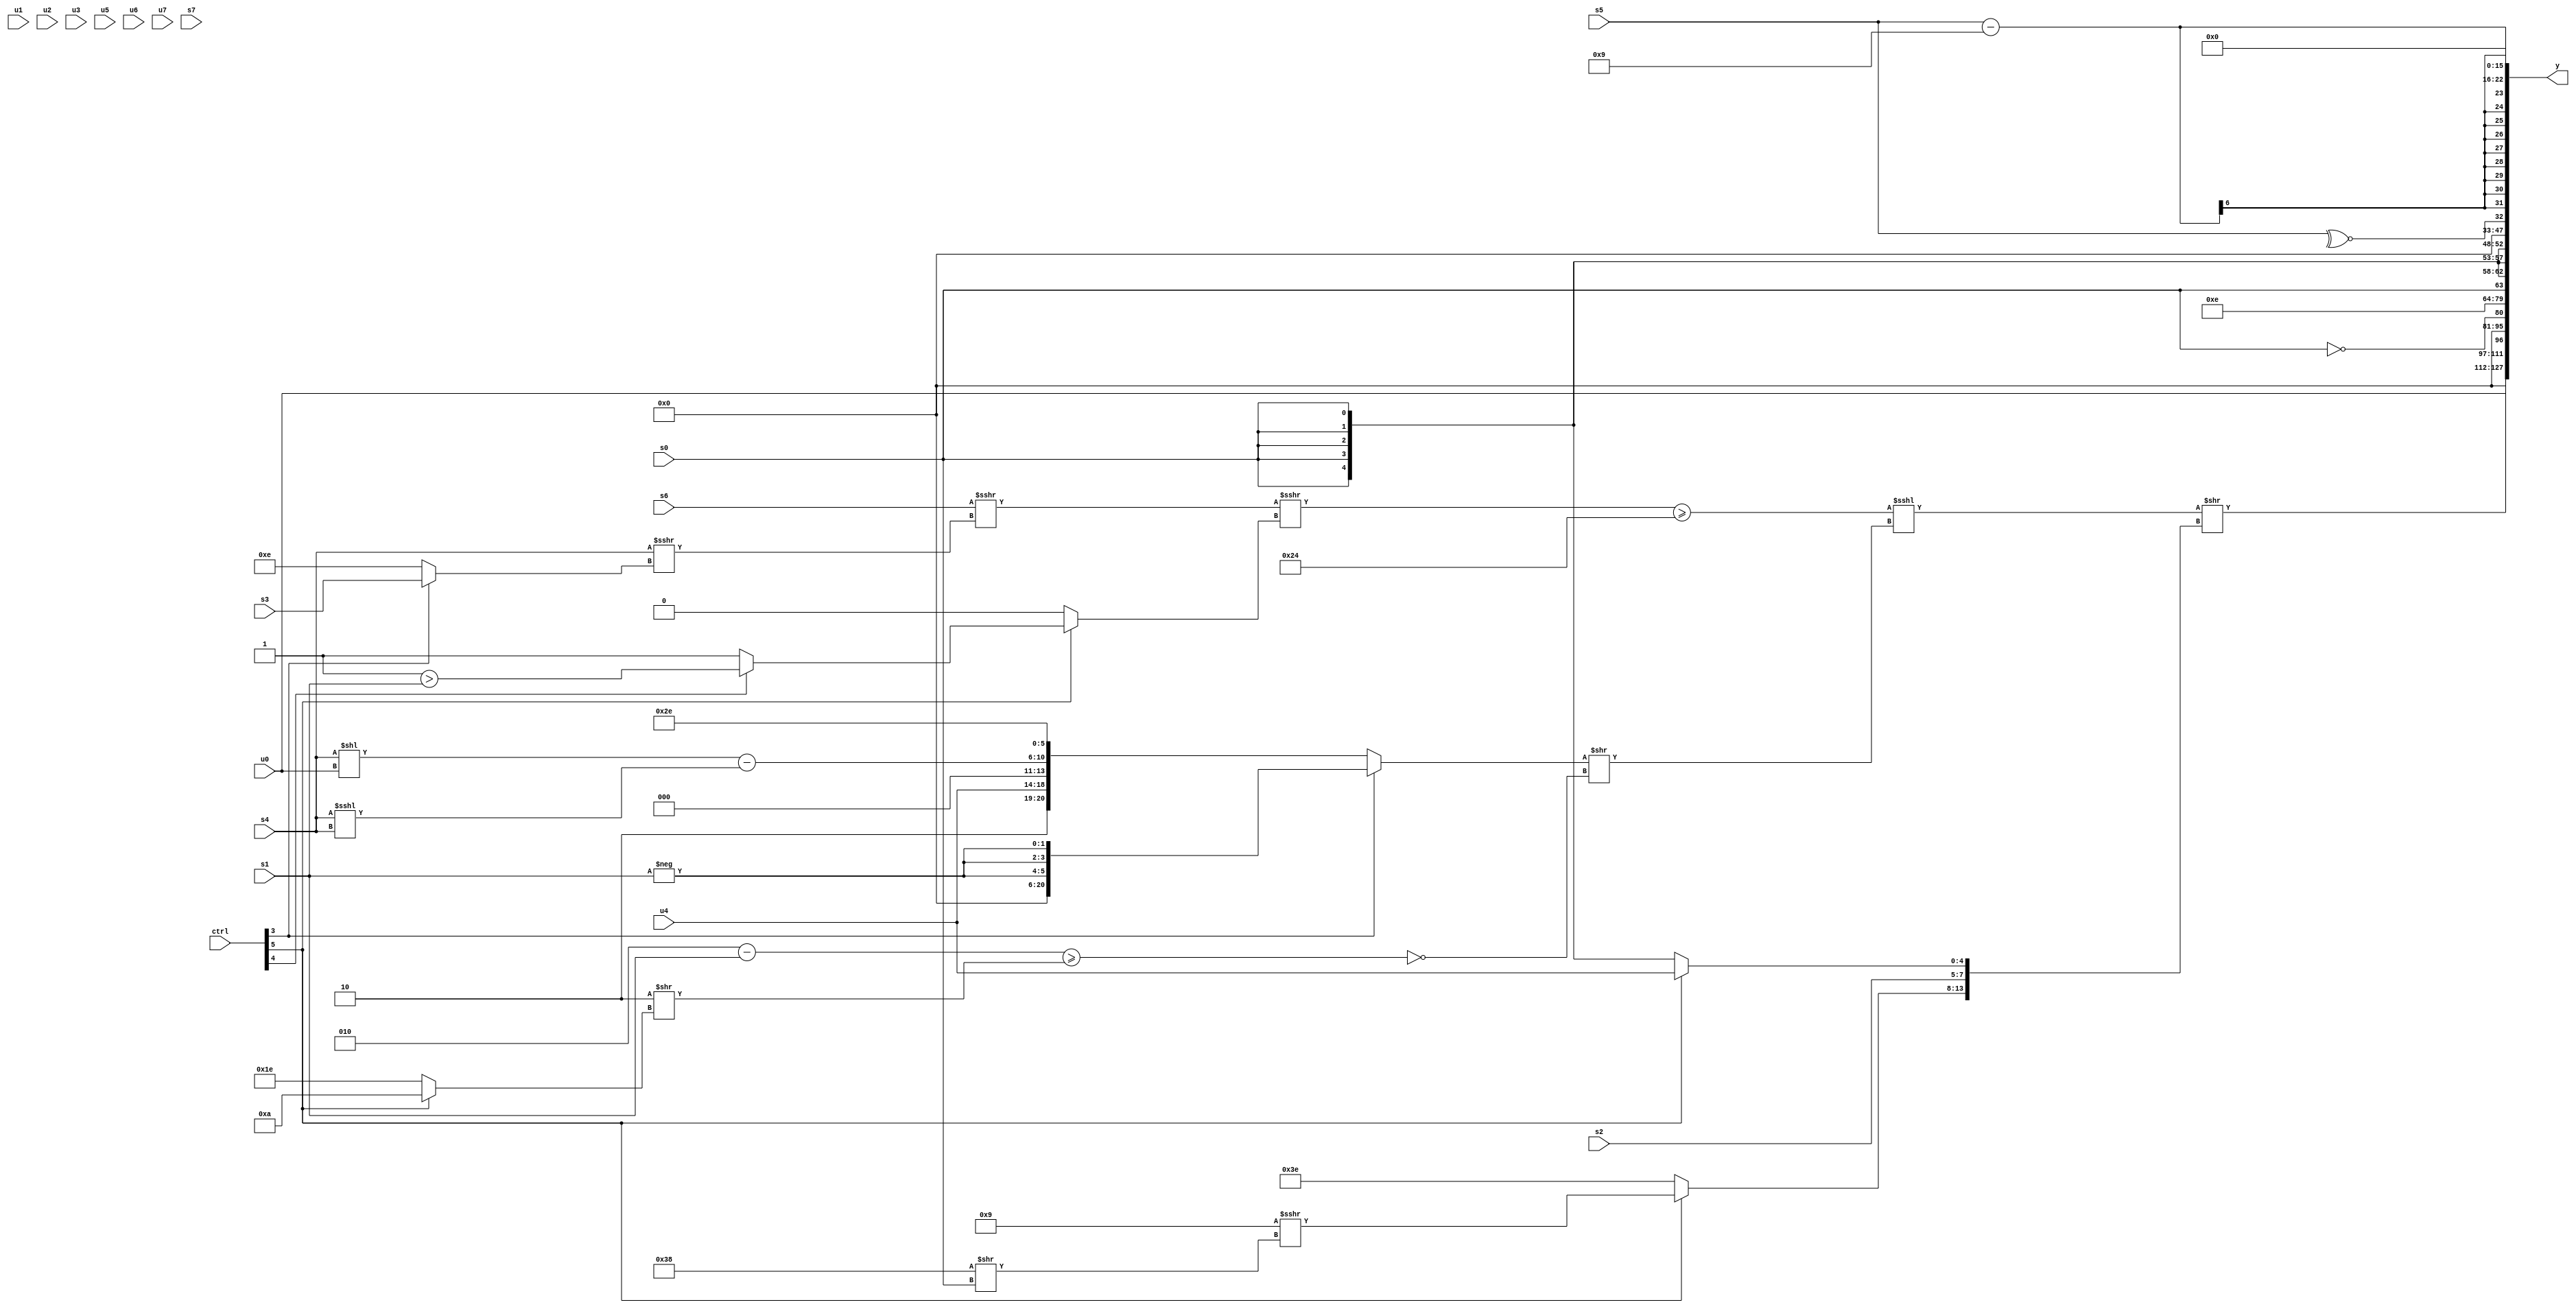
module wideexpr_00547(ctrl, u0, u1, u2, u3, u4, u5, u6, u7, s0, s1, s2, s3, s4, s5, s6, s7, y);
  input [7:0] ctrl;
  input [0:0] u0;
  input [1:0] u1;
  input [2:0] u2;
  input [3:0] u3;
  input [4:0] u4;
  input [5:0] u5;
  input [6:0] u6;
  input [7:0] u7;
  input signed [0:0] s0;
  input signed [1:0] s1;
  input signed [2:0] s2;
  input signed [3:0] s3;
  input signed [4:0] s4;
  input signed [5:0] s5;
  input signed [6:0] s6;
  input signed [7:0] s7;
  output [127:0] y;
  wire [15:0] y0;
  wire [15:0] y1;
  wire [15:0] y2;
  wire [15:0] y3;
  wire [15:0] y4;
  wire [15:0] y5;
  wire [15:0] y6;
  wire [15:0] y7;
  assign y = {y0,y1,y2,y3,y4,y5,y6,y7};
  assign y0 = ((($signed(((s6)>>>((s4)>>>((ctrl[3]?s3:3'sb110))))>>>((ctrl[5]?(ctrl[4]?(1'sb1)>(s1):(1'sb0)>(3'sb100)):({s7,s1})>>({3{5'sb11010}})))))>=(6'sb100100))<<<(($unsigned((ctrl[3]?{3{-(s1)}}:{5'b00010,{$signed(u4),3'sb000},((s4)<<(u0))-((s4)<<<(s4)),6'sb101110})))>>(~&(((+(4'sb0010))-(s1))>=(($signed(2'sb10))>>((ctrl[5]?$signed(5'sb01010):(2'sb01)^(2'sb11))))))))>>({$unsigned((ctrl[5]?(6'sb001001)>>>((6'b111000)>>(s0)):3'sb110)),s2,((ctrl[5]?$signed($signed(u4)):s0))>>(-({1{$unsigned(~|($signed(4'sb1100)))}}))});
  assign y1 = u0;
  assign y2 = ~&(-(s0));
  assign y3 = 6'sb001110;
  assign y4 = s0;
  assign y5 = ~^(s5);
  assign y6 = ({s5})-(5'b01001);
  assign y7 = 2'sb00;
endmodule